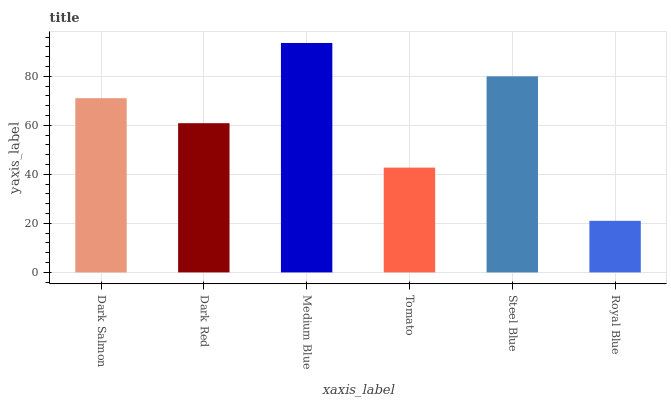
| xaxis_label | bars |
 | --- | --- |
 | Dark Salmon | 71.1 |
 | Dark Red | 60.9 |
 | Medium Blue | 93.6 |
 | Tomato | 42.8 |
 | Steel Blue | 80 |
 | Royal Blue | 21 |